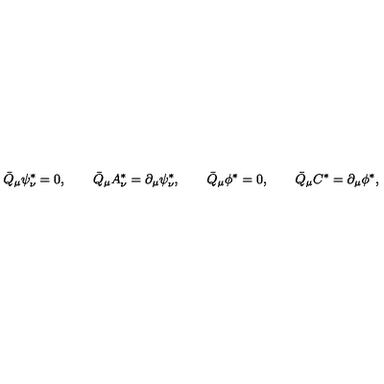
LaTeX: \bar { Q } _ { \mu } \psi _ { \nu } ^ { * } = 0 , \qquad \bar { Q } _ { \mu } A _ { \nu } ^ { * } = \partial _ { \mu } \psi _ { \nu } ^ { * } , \qquad \bar { Q } _ { \mu } \phi ^ { * } = 0 , \qquad \bar { Q } _ { \mu } C ^ { * } = \partial _ { \mu } \phi ^ { * } ,